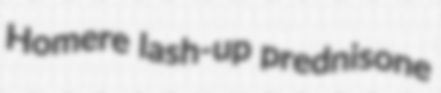
Homere lash-up prednisone